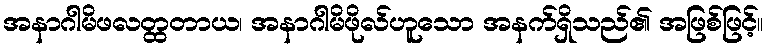
အနာဂါမိဖလတ္ထတာယ၊ အနာဂါမိဖိုလ်ဟူသော အနက်ရှိသည်၏ အဖြစ်ဖြင့်။